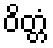
ဝိတ္တံ